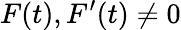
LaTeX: F(t),F^{\prime}(t)\neq 0